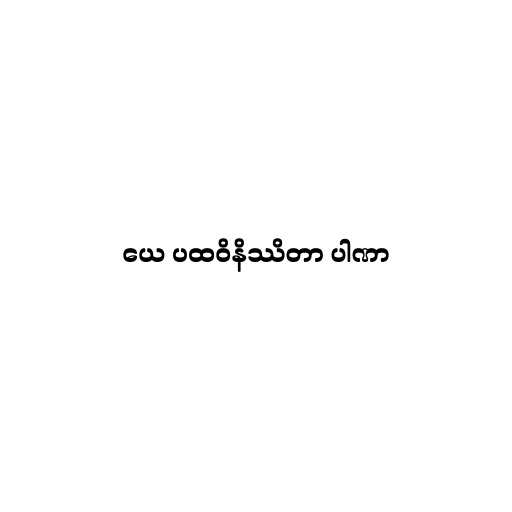
ယေ ပထဝိနိဿိတာ ပါဏာ